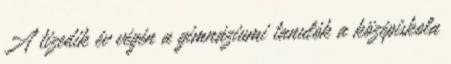
A tizedik év végén a gimnáziumi tanulók a középiskola